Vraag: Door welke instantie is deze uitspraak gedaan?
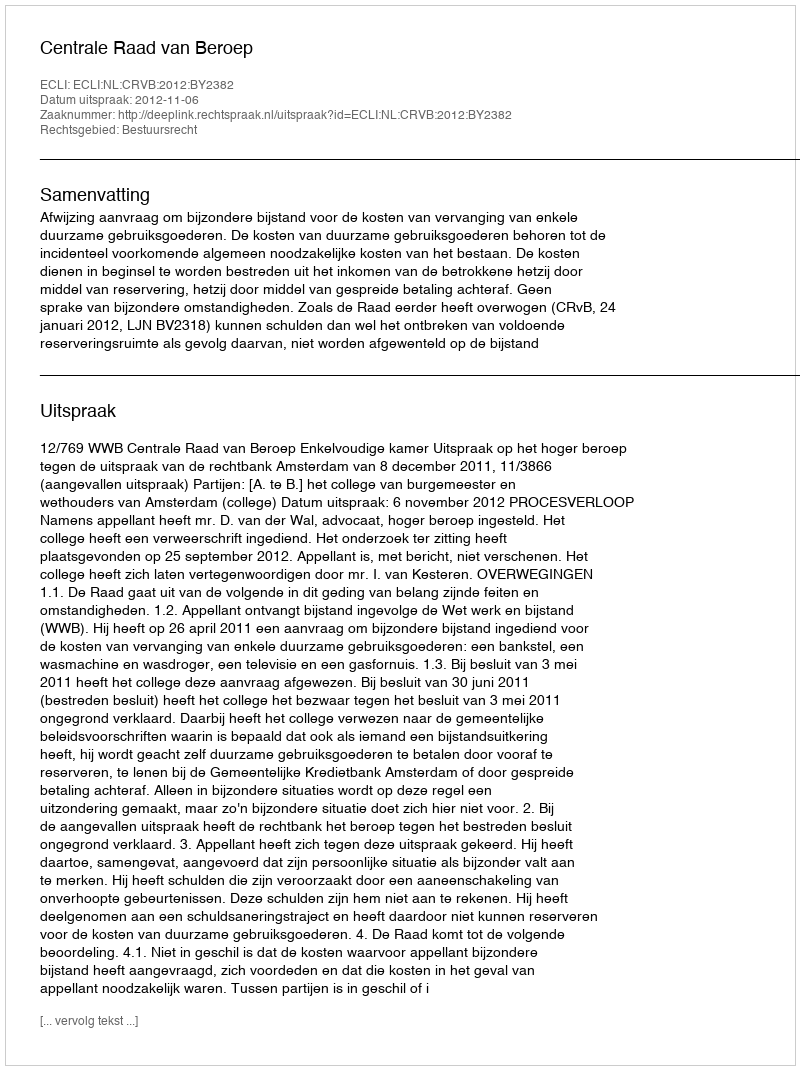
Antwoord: Centrale Raad van Beroep